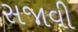
સજાવી